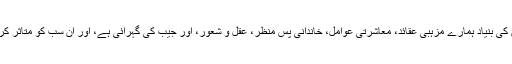
ہم جو بھی کھاتے ہیں اس کی بنیاد ہمارے مزہبی عقائد، معاشرتی عوامل، خاندانی پس منظر، عقل و شعور، اور جیب کی گہرائی ہے، اور ان سب کو متاثر کرتا ہے ہمارہ سیاسی نظام۔